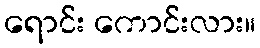
ရောင်း ကောင်းလား။